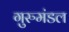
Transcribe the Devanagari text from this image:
गुरुमंडल